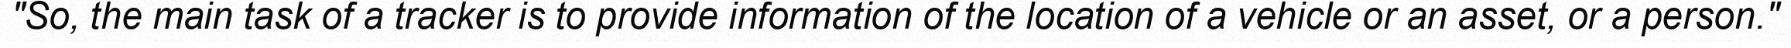
"So, the main task of a tracker is to provide information of the location of a vehicle or an asset, or a person."